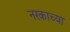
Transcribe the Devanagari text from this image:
नरकाच्या